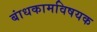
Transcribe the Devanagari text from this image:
बांधकामविषयक